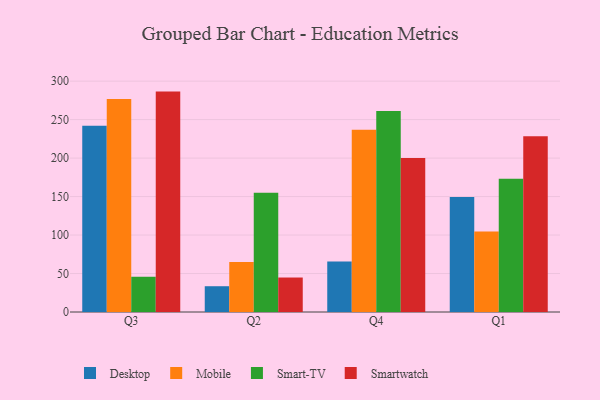
{"axis": {"x": "Quarter", "y": "Conversion Rate (%)"}, "legend": ["Desktop", "Mobile", "Smart-TV", "Smartwatch"], "data": [{"x": "Q3", "y": 241.9, "type": "Desktop"}, {"x": "Q3", "y": 276.7, "type": "Mobile"}, {"x": "Q3", "y": 45.8, "type": "Smart-TV"}, {"x": "Q3", "y": 286.4, "type": "Smartwatch"}, {"x": "Q2", "y": 33.5, "type": "Desktop"}, {"x": "Q2", "y": 65.1, "type": "Mobile"}, {"x": "Q2", "y": 155.0, "type": "Smart-TV"}, {"x": "Q2", "y": 44.8, "type": "Smartwatch"}, {"x": "Q4", "y": 65.5, "type": "Desktop"}, {"x": "Q4", "y": 236.8, "type": "Mobile"}, {"x": "Q4", "y": 261.3, "type": "Smart-TV"}, {"x": "Q4", "y": 200.2, "type": "Smartwatch"}, {"x": "Q1", "y": 149.4, "type": "Desktop"}, {"x": "Q1", "y": 104.7, "type": "Mobile"}, {"x": "Q1", "y": 173.1, "type": "Smart-TV"}, {"x": "Q1", "y": 228.5, "type": "Smartwatch"}]}